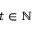
t \in \mathbb { N }